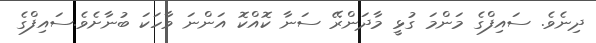
ދިނެވެ. ސައިފްގެ މަންމަ ގުޅީ މާދަންރޭ ސަނާ ކޮއްކޮ އަންނަ ވާހަކަ ބުނާށެވެ.ސައިފްގެ